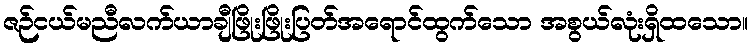
ဇဉ်ငယ်မညီလက်ယာချီဖြိုးဖြိုးပြတ်အရောင်ထွက်သော အစွယ်လုံးရှိထသော။